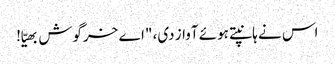
اس نے ہانپتے ہوئے آواز دی، "اے خرگوش بھیّا!